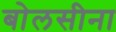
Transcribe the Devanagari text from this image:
बोलसीना